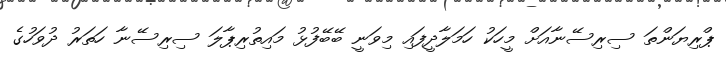
ޕްރިޔަންތަ ސިރިސޭނާއަށް މީހަކު ހަމަލާދީފައި މިވަނީ ބޭބޭފުޅު މައިތުރިޕާލަ ސިރިސޭނާ ހަތަރު ދުވަހުގެ